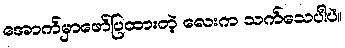
အောက်မှာဖော်ပြထားတဲ့ လေးက သက်သေပါပဲ။